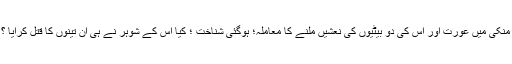
منکی میں عورت اور اُس کی دو بیٹیوں کی نعشیں ملنے کا معاملہ؛ ہوگئی شناخت ؛ کیا اُس کے شوہر نے ہی ان تینوں کا قتل کرایا ؟